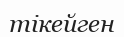
тікейген